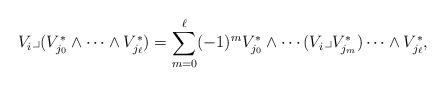
LaTeX: \begin{align*}V_i\lrcorner (V^*_{j_0}\wedge \cdots \wedge V^*_{j_{\ell}}) = \sum_{m=0}^{\ell} (-1)^{m}V^*_{j_0}\wedge \cdots (V_i \lrcorner V^*_{j_m}) \cdots \wedge V^*_{j_{\ell}},\end{align*}